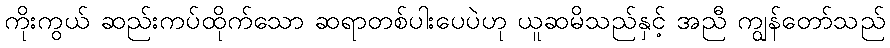
ကိုးကွယ် ဆည်းကပ်ထိုက်သော ဆရာတစ်ပါးပေပဲဟု ယူဆမိသည်နှင့် အညီ ကျွန်တော်သည်